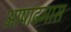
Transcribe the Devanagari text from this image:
अाषाढमास